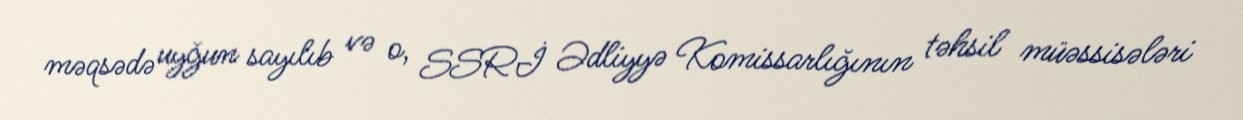
məqsədə uyğun sayılıb və o, SSRİ Ədliyyə Komissarlığının təhsil müəssisələri